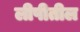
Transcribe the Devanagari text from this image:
लीपीतील